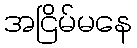
အငြိမ်မနေ